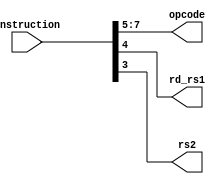

module instr_dec(
input wire [7:0]Instruction,
output [2:0]opcode,
output rd_rs1,rs2
);

assign opcode=Instruction[7:5];
assign rd_rs1=Instruction[4];
assign rs2=Instruction[3];
endmodule